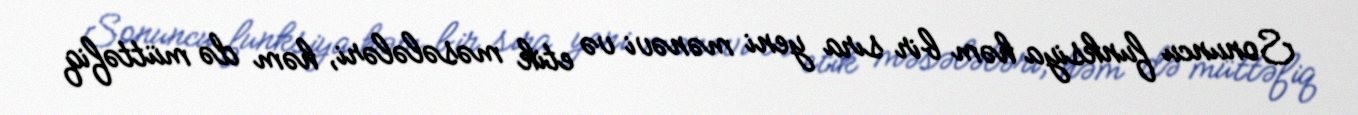
Sonuncu funksiya həm bir sıra yeni mənəvi və etik məsələləri, həm də müttəfiq